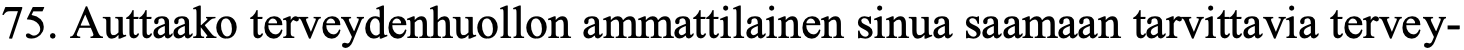
75. Auttaako terveydenhuollon ammattilainen sinua saamaan tarvittavia tervey-